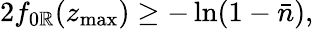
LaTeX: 2f_{0\mathbb{R}}(z_{\operatorname*{max}})\geq-\ln(1-\bar{{n}}),